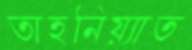
তাহনিয়্যাত